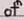
of